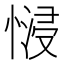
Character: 𢟖